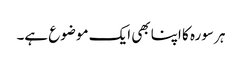
ہر سورہ کا اپنا بھی ایک موضوع ہے۔